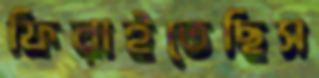
ফিরাইতেছিস